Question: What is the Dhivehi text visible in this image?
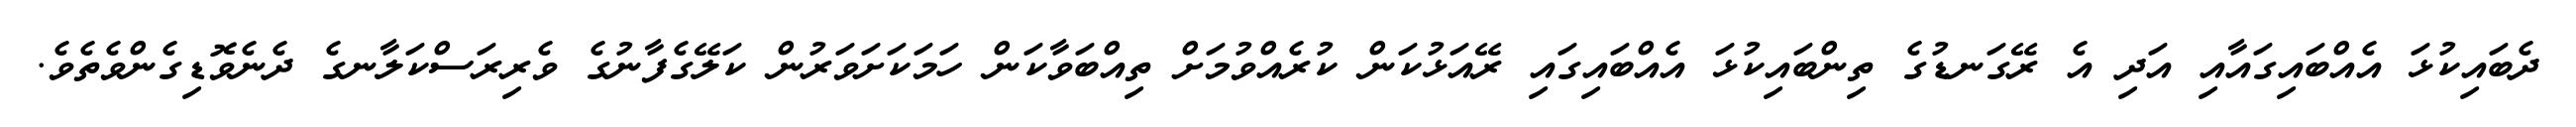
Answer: ދެބައިކުޅަ އެއްބައިގައާއި އަދި އެ ރޭގަނޑުގެ ތިންބައިކުޅަ އެއްބައިގައި ރޭއަޅުކަން ކުރެއްވުމަށް ތިއްބަވާކަން ހަމަކަށަވަރުން ކަލޭގެފާނުގެ ވެރިރަސްކަލާނގެ ދެނެވޮޑިގެންވެތެވެ.